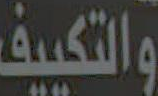
والتكييف